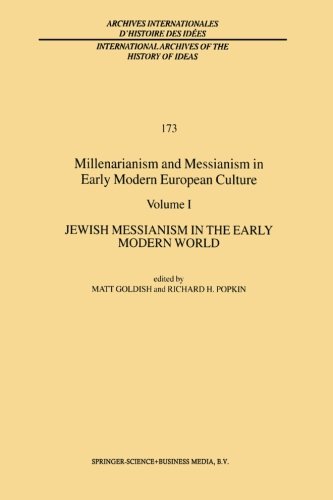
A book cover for Millenarianism and Messianism in Early Modern European Culture: Volume I: Jewish Messianism in the Early Modern World (International Archives of the ... internationales d'histoire des idÃ©es); Politics & Social Sciences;